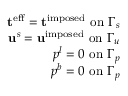
\begin{array} { r } { \mathbf { t } ^ { \mathrm { e f f } } = \mathbf { t } ^ { \mathrm { i m p o s e d } } ~ \mathrm { o n } ~ \Gamma _ { s } } \\ { \mathbf { u } ^ { s } = \mathbf { u } ^ { \mathrm { i m p o s e d } } ~ \mathrm { o n } ~ \Gamma _ { u } } \\ { p ^ { l } = 0 ~ \mathrm { o n } ~ \Gamma _ { p } } \\ { p ^ { b } = 0 ~ \mathrm { o n } ~ \Gamma _ { p } } \end{array}